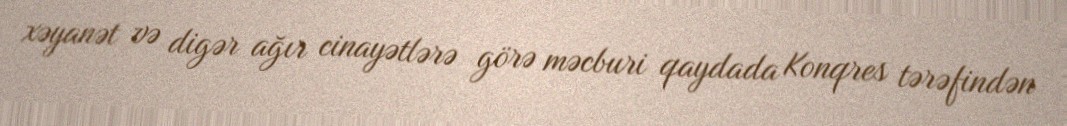
xəyanət və digər ağır cinayətlərə görə məcburi qaydada Konqres tərəfindən